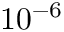
1 0 ^ { - 6 }